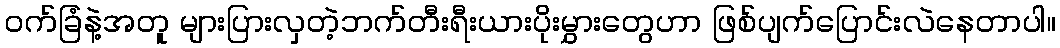
ဝက်ခြံနဲ့အတူ များပြားလှတဲ့ဘက်တီးရီးယားပိုးမွှားတွေဟာ ဖြစ်ပျက်ပြောင်းလဲနေတာပါ။